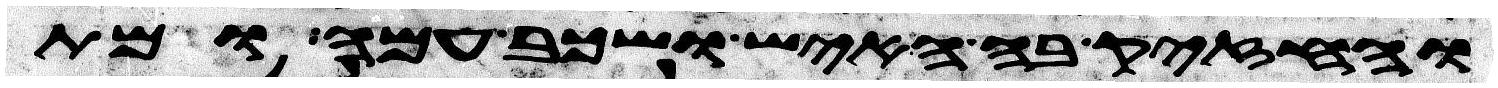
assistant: והחזיק בה האיש ושכב עמה ומת